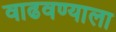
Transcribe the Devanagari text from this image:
वाढवण्याला